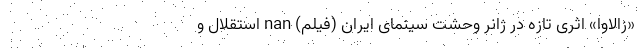
«زالاوا» اثری تازه در ژانر وحشت سینمای ایران (فیلم) nan استقلال و